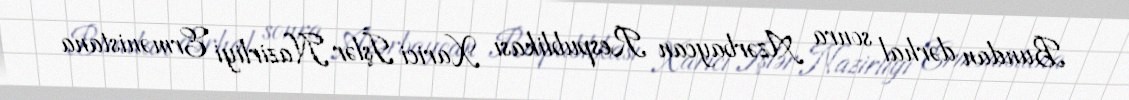
Bundan dərhal sonra Azərbaycan Respublikası Xarici İşlər Nazirliyi Ermənistana